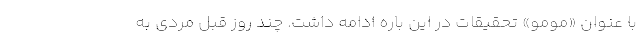
با عنوان «مومو» تحقیقات در این باره ادامه داشت. چند روز قبل مردی به